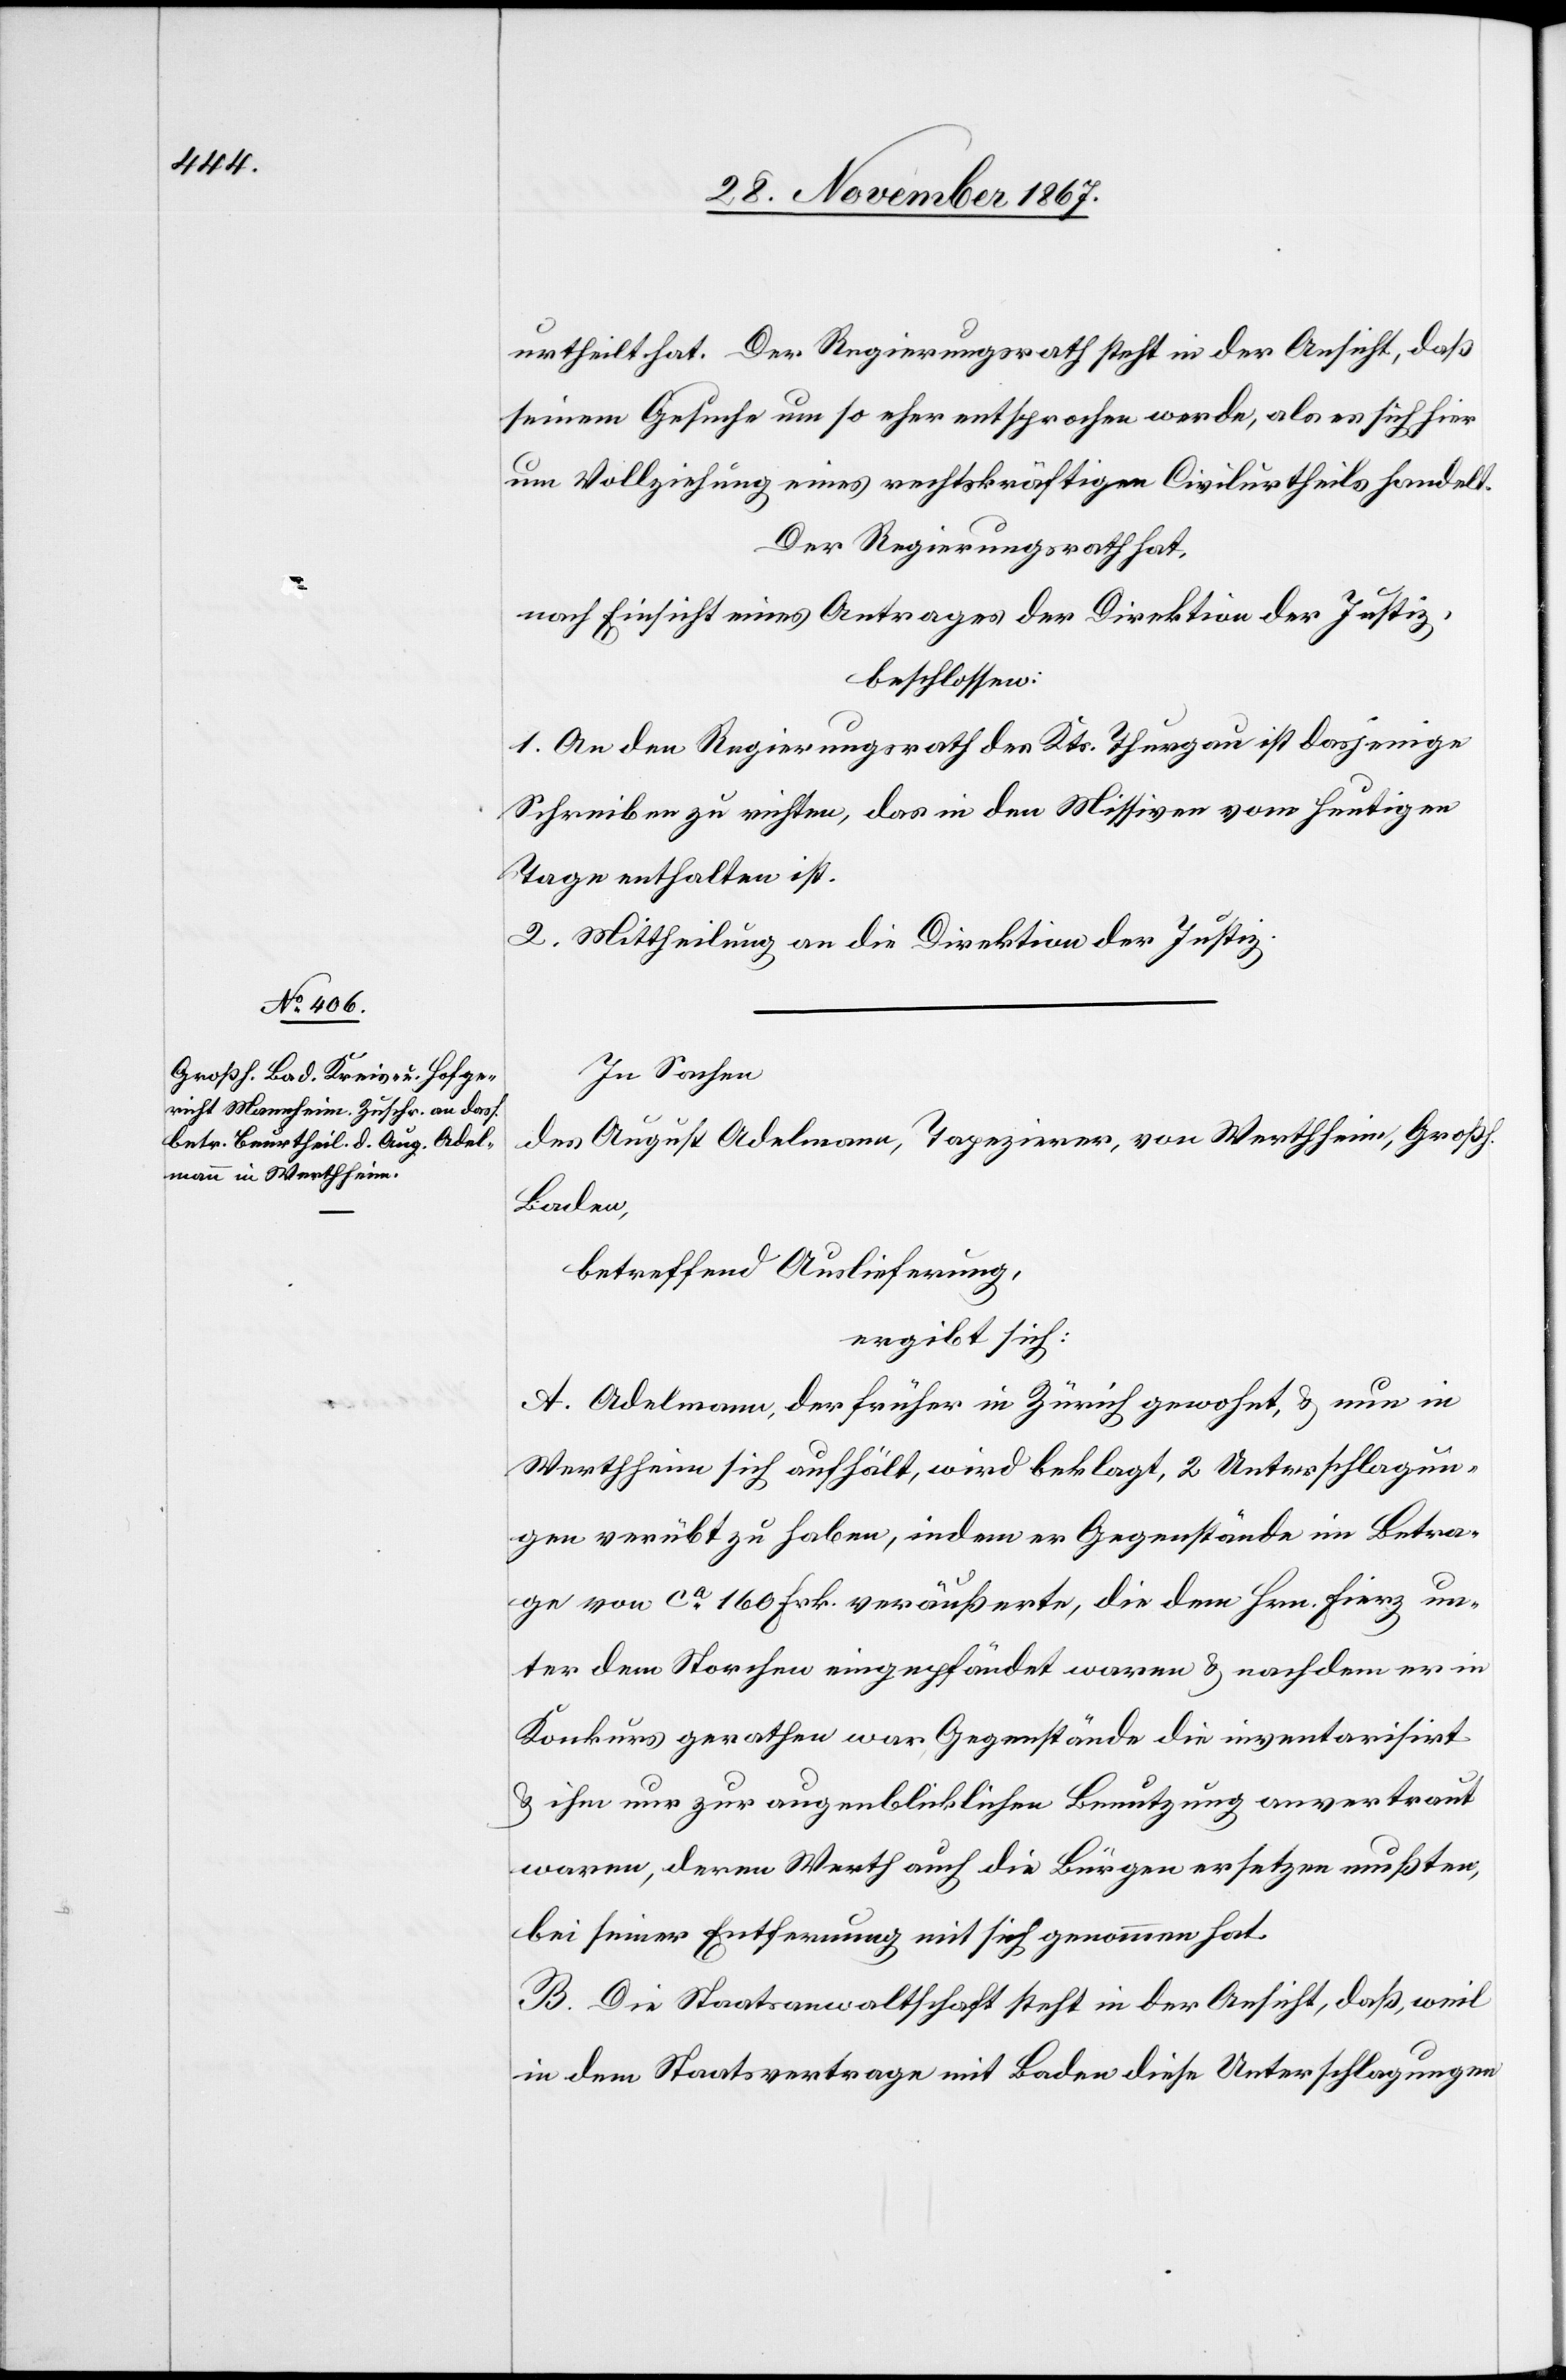
urtheilt hat. Der Regierungsrath steht in der Ansicht, daß
seinem Gesuche um so eher entsprochen werde, als es sich hier
um Vollziehung eines rechtskräftigen Civilurtheils handelt.
Der Regierungsrath hat,
nach Einsicht eines Antrages der Direktion der Justiz,
beschlossen:
1. An den Regierungsrath des Kts. Thurgau ist dasjenige
Schreiben zu richten, das in den Missiven vom heutigen
Tage enthalten ist.
2. Mittheilung an die Direktion der Justiz.
In Sachen
des August Adelmann, Tapezierer, von Wertheim, Großh.
Baden,
betreffend Auslieferung,
ergibt sich:
A. Adelmann, der früher in Zürich gewohnt, u. nun in
Wertheim sich aufhält, wird beklagt, 2 Unterschlagun¬
gen verübt zu haben, indem er Gegenstände im Betra¬
ge von ca. 160 Frk. veräußerte, die dem Hrn. Fierz un¬
ter dem Storchen eingepfändet waren u. nachdem er in
Konkurs gerathen war Gegenstände die inventarisirt
u. ihm nur zur augenblicklichen Benutzung anvertraut
waren, deren Werth auch die Bürgen ersetzen mußten,
bei seine Entfernung mit sich genommen hat.
B. Die Staatsanwaltschaft steht in der Ansicht, daß, weil
in dem Staatsvertrage mit Baden diese Unterschlagungen